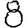
Digit: 8